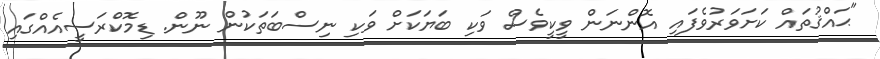
"ޙައްޤުތައް ކަށަވަރުވެފައި އޮންނަން ވީކީވެސް ވަކި ބަޔަކަށް ވަކި ނިސްބަތަކުން ނޫން. ޑިމޮކްރަސީއެއްގައި